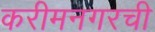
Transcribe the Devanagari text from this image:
करीमनगरची